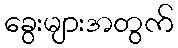
ခွေးများအတွက်